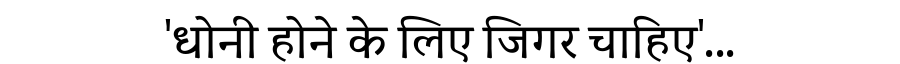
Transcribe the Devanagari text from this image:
'धोनी होने के लिए जिगर चाहिए'...